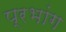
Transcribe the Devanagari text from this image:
प्रभांग